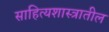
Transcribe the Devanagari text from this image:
साहित्यशास्त्रातील